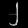
Digit: ၂